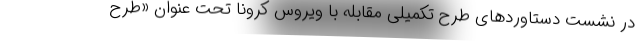
در نشست دستاوردهای طرح تکمیلی مقابله با ویروس کرونا تحت عنوان «طرح